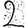
Digit: 2